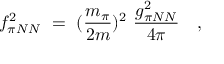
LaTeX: f _ { \pi N N } ^ { 2 } \ = \ ( \frac { m _ { \pi } } { 2 m } ) ^ { 2 } \ \frac { g _ { \pi N N } ^ { 2 } } { 4 \pi } \ \ \ ,